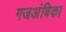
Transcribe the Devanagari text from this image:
गजअंबिका